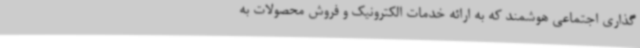
گذاری اجتماعی هوشمند که به ارائه خدمات الکترونیک و فروش محصولات به